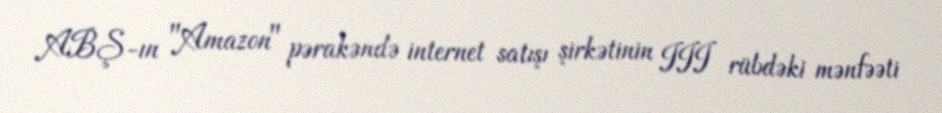
ABŞ-ın "Amazon" pərakəndə internet satışı şirkətinin III rübdəki mənfəəti